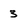
Character: 3